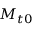
{ { M } _ { t 0 } }